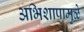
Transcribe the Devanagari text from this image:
अभिशापामुळे